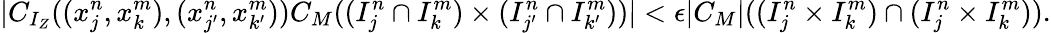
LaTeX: |C_{I_{Z}}((x_{j}^{n},x_{k}^{m}),(x_{j^{\prime}}^{n},x_{k^{\prime}}^{m}))C_{M}((I_{j}^{n}\cap I_{k}^{m})\times(I_{j^{\prime}}^{n}\cap I_{k^{\prime}}^{m}))|<\epsilon|C_{M}|((I_{j}^{n}\times I_{k}^{m})\cap(I_{j}^{n}\times I_{k}^{m})).